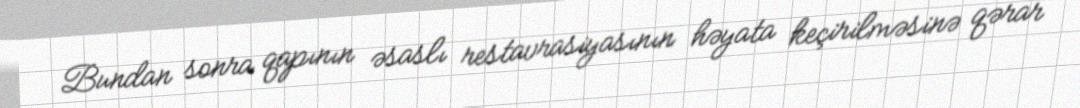
Bundan sonra qapının əsaslı restavrasiyasının həyata keçirilməsinə qərar